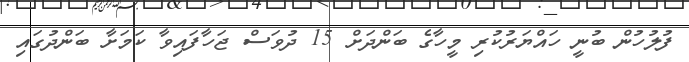
ފުލުހުން ބުނީ ހައްޔަރުކުރި މީހާގެ ބަންދަށް 15 ދުވަސް ޖަހާފައިވާ ކަމަށާ ބަންދުގައި